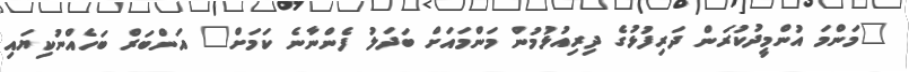
"މަންމަ އުންމީދުކުރަން ދަރިފުޅުގެ ދިރިއުޅުމުން މަންމައަށް ބަދަލު ފެންނާނެ ކަމަށް" އަންބަރް ބަހެއްނުކިޔައި